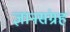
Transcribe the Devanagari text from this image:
ज्ञानसंग्रह